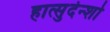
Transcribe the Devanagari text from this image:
हात्सुदेन्शो